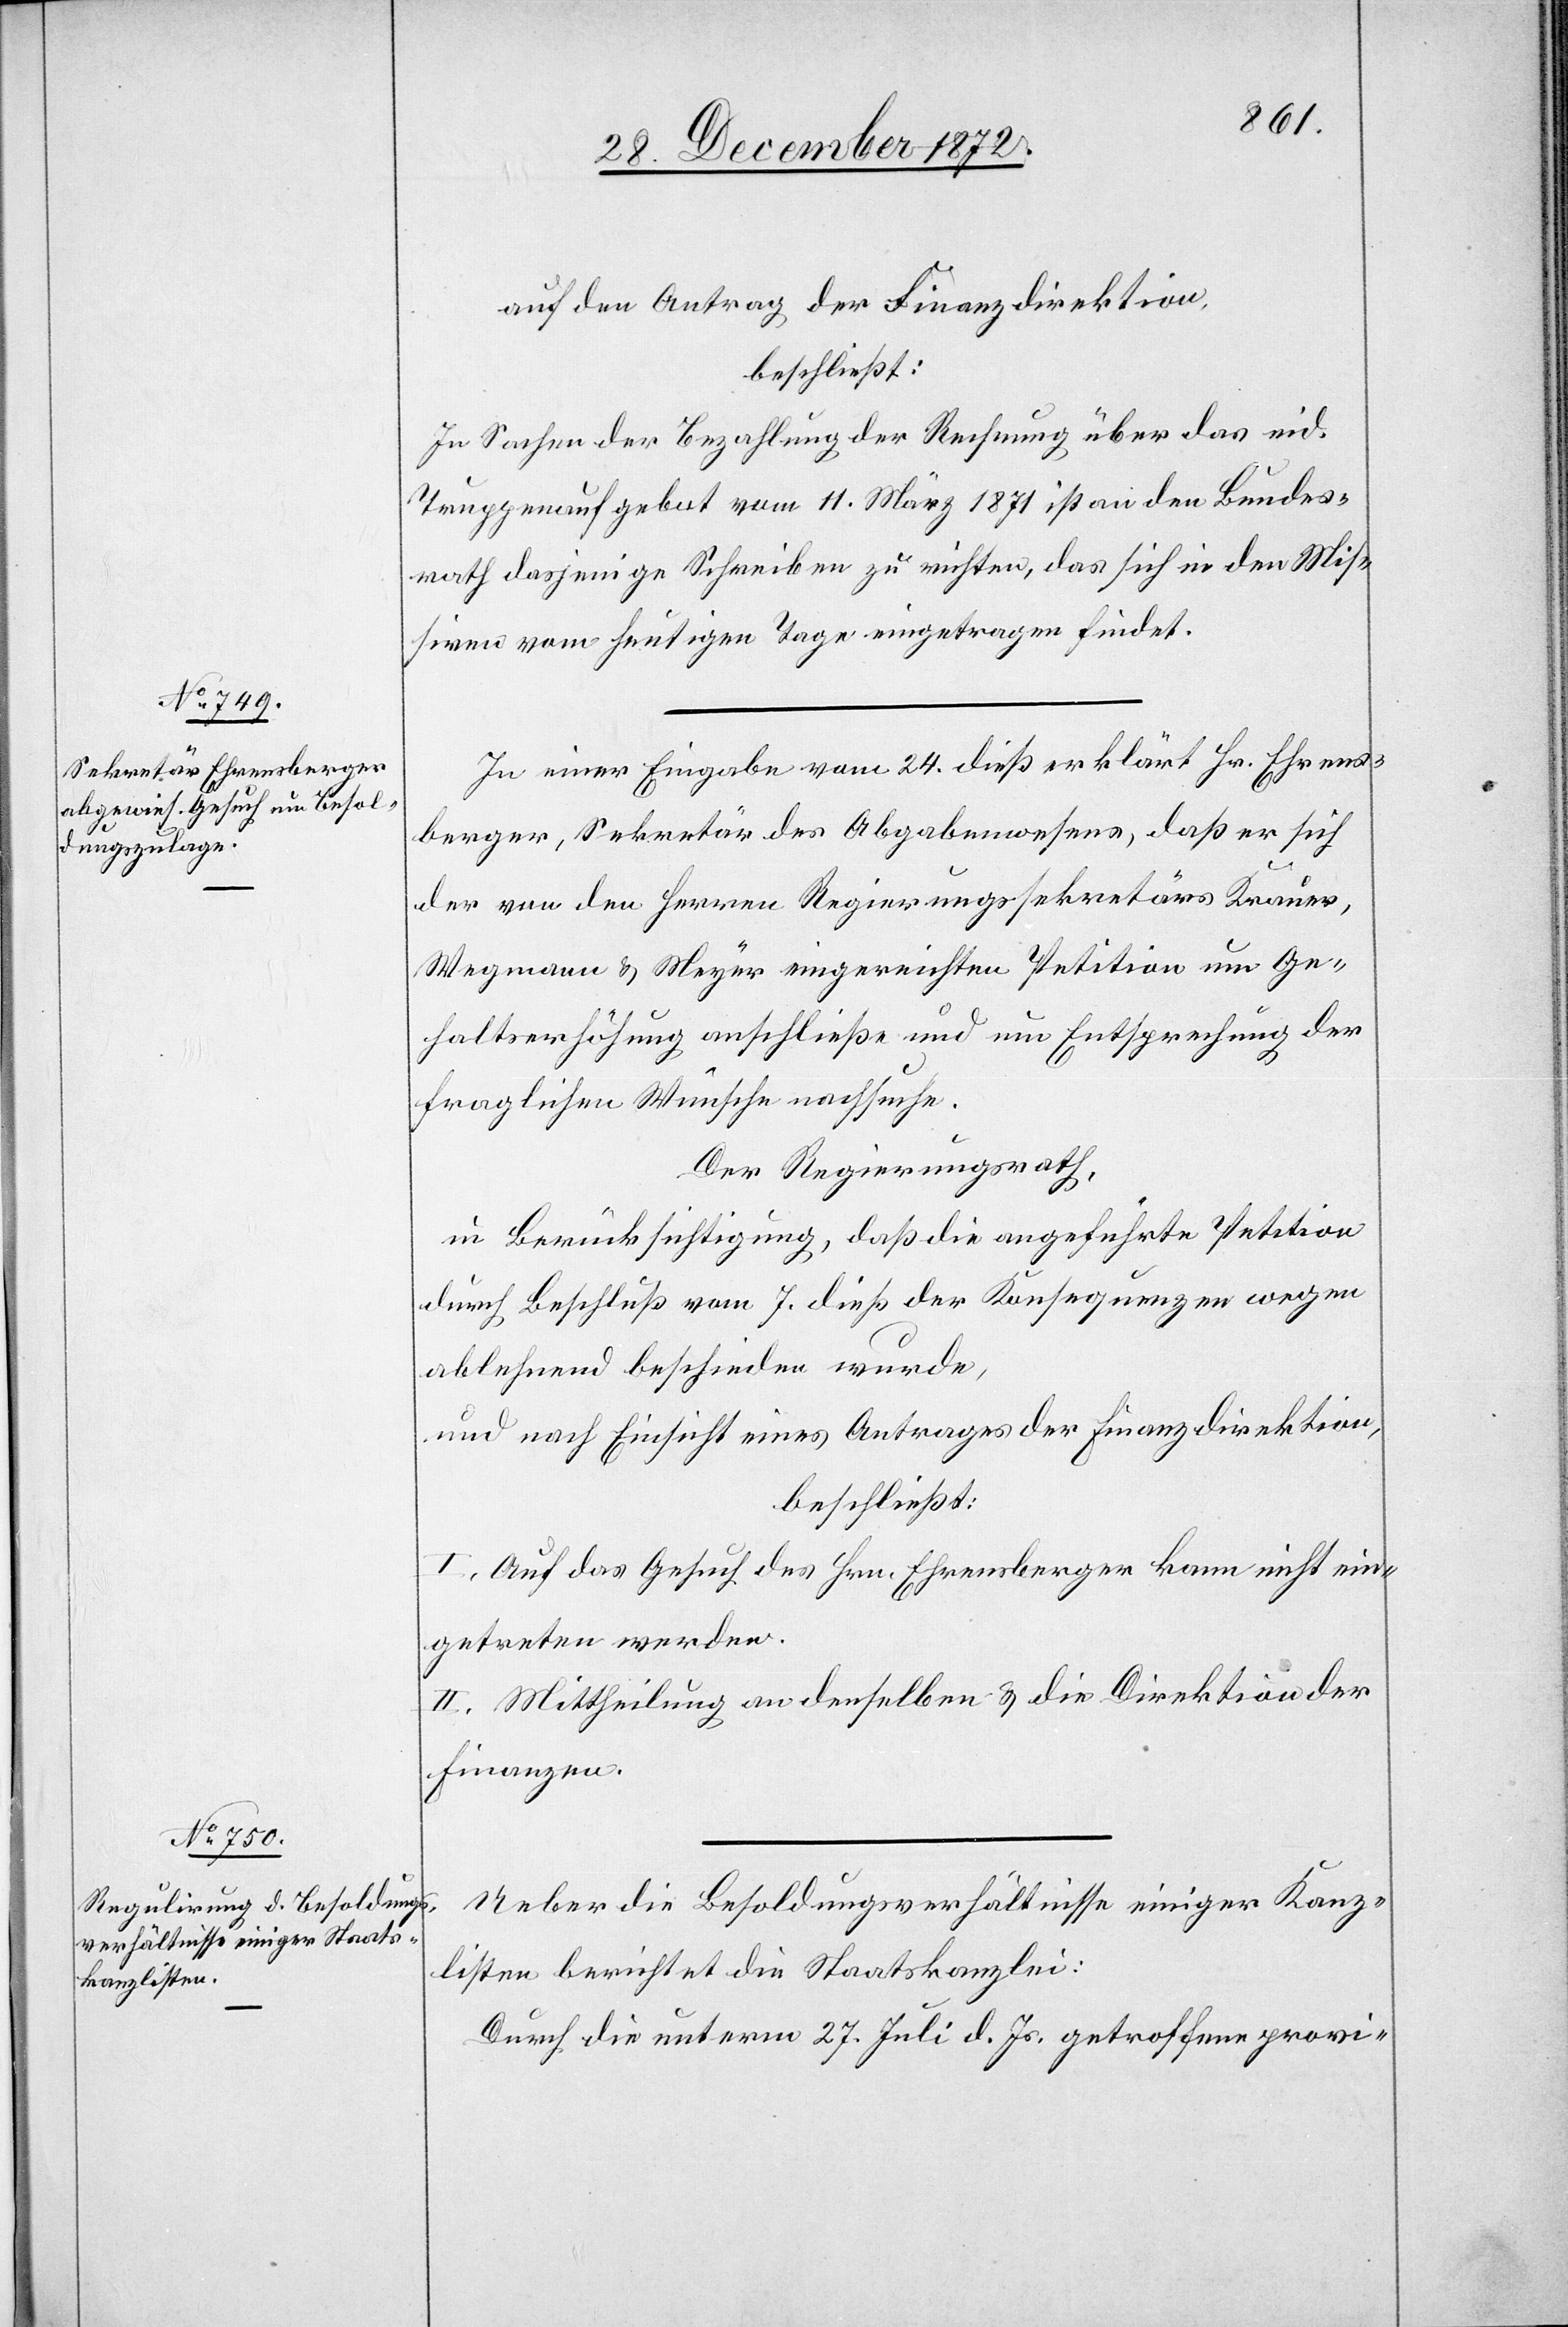
auf den Antrag der Finanzdirektion,
beschließt:
In Sachen der Bezahlung der Rechnung über das eid.
Truppenaufgebot vom 11. März 1871 ist an den Bundes¬
rath dasjenige Schreiben zu richten, das sich in den Mis¬
siven vom heutigen Tage eingetragen findet.
In einer Eingabe vom 24. dieß erklärt Hr. Ehrens¬
berger, Sekretär des Abgabenwesens, daß er sich
der von den Herren Regierungssekretäre Krauer,
Wegmann u. Meyer eingereichten Petition um Ge¬
haltserhöhung anschließe und um Entsprechung der
fraglichen Wünsche nachsuche.
Der Regierungsrath,
in Berücksichtigung, daß die angeführte Petition
durch Beschluß vom 7. dieß der Konsequenzen wegen
ablehnend beschieden wurde,
und nach Einsicht eines Antrages der Finanzdirektion,
beschließt:
I. Auf das Gesuch des Hrn. Ehrensberger kann nicht ein¬
getreten werden.
II. Mittheilung an denselben u. die Direktion der
Finanzen.
Ueber die Besoldungsverhältnisse einiger Kanz¬
listen berichtet die Staatskanzlei:
Durch die unterm 27. Juli d. Js. getroffene provi-